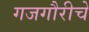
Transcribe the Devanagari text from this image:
गजगौरीचे